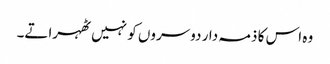
وہ اس کا ذمہ دار دوسروں کو نہیں ٹھہراتے۔